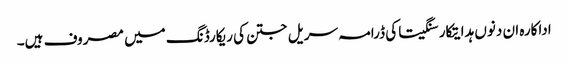
اداکارہ ان دنوں ہدایتکار سنگیتا کی ڈرامہ سریل جتن کی ریکارڈنگ میں مصروف ہیں۔